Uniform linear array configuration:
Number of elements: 48
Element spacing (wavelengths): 1
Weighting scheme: binomial
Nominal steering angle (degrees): -15
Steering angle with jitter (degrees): -14.665
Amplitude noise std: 0.05
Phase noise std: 0.05

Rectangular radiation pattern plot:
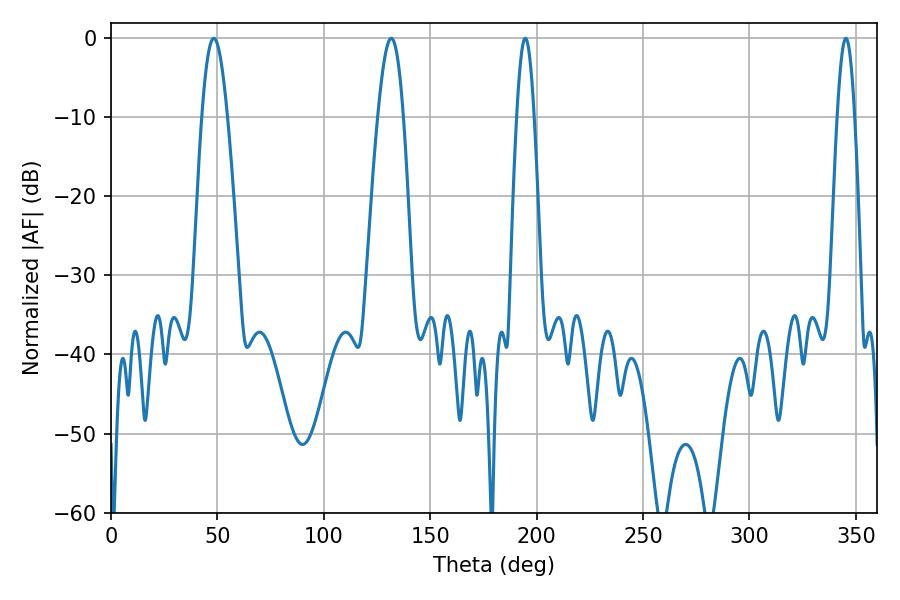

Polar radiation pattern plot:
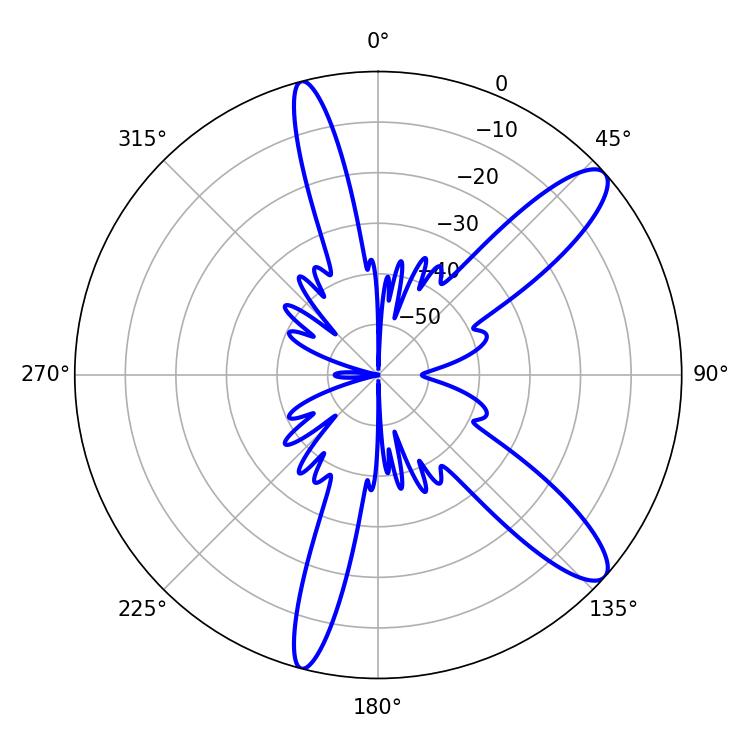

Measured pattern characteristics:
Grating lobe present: TRUE
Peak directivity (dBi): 11.478
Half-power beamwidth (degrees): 6.48
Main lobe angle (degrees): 48.24